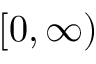
[ 0 , \infty )